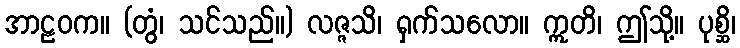
အာဠဝက။ (တွံ၊ သင်သည်။) လဇ္ဇသိ၊ ရှက်သလော။ ဣတိ၊ ဤသို့။ ပုစ္ဆိ၊